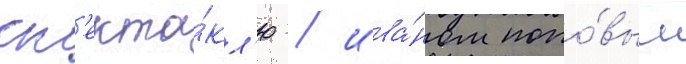
сп'екта́кл'ю / ива́ном попо́вым